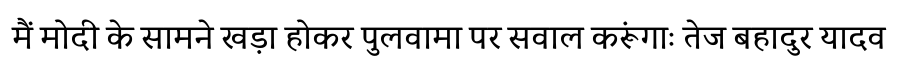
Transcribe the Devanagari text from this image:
मैं मोदी के सामने खड़ा होकर पुलवामा पर सवाल करूंगाः तेज बहादुर यादव